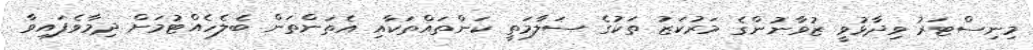
މިނިސްޓަރު ވިދާޅުވީ ޒުވާނުންގެ މަރުކަޒު ތަކުގެ ސަލާމަތީ ކަންތައްތަކާއި އެތަންތަން ބެލެހެއްޓުމަށް ދިމާވެފައިވާ